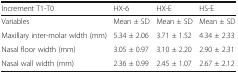
<table><thead><tr><td><b>Increment T1-T0</b></td><td><b>HX-6</b></td><td><b>HX-E</b></td><td><b>HS-E</b></td></tr></thead><tbody><tr><td>Variables</td><td>Mean ± SD</td><td>Mean ± SD</td><td>Mean ± SD</td></tr><tr><td>Maxillary inter-molar width (mm)</td><td>5.34 ± 2.06</td><td>3.71 ± 1.52</td><td>4.34 ± 2.33</td></tr><tr><td>Nasal floor width (mm)</td><td>3.05 ± 0.97</td><td>3.10 ± 2.20</td><td>2.90 ± 2.31</td></tr><tr><td>Nasal wall width (mm)</td><td>2.36 ± 0.99</td><td>2.45 ± 1.07</td><td>2.67 ± 2.12</td></tr></tbody></table>